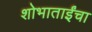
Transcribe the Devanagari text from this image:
शोभाताईंचा